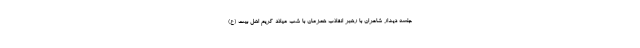
جلسه دیدار شاعران با رهبر انقلاب همزمان با شب میلاد کریم اهل بیت (ع)